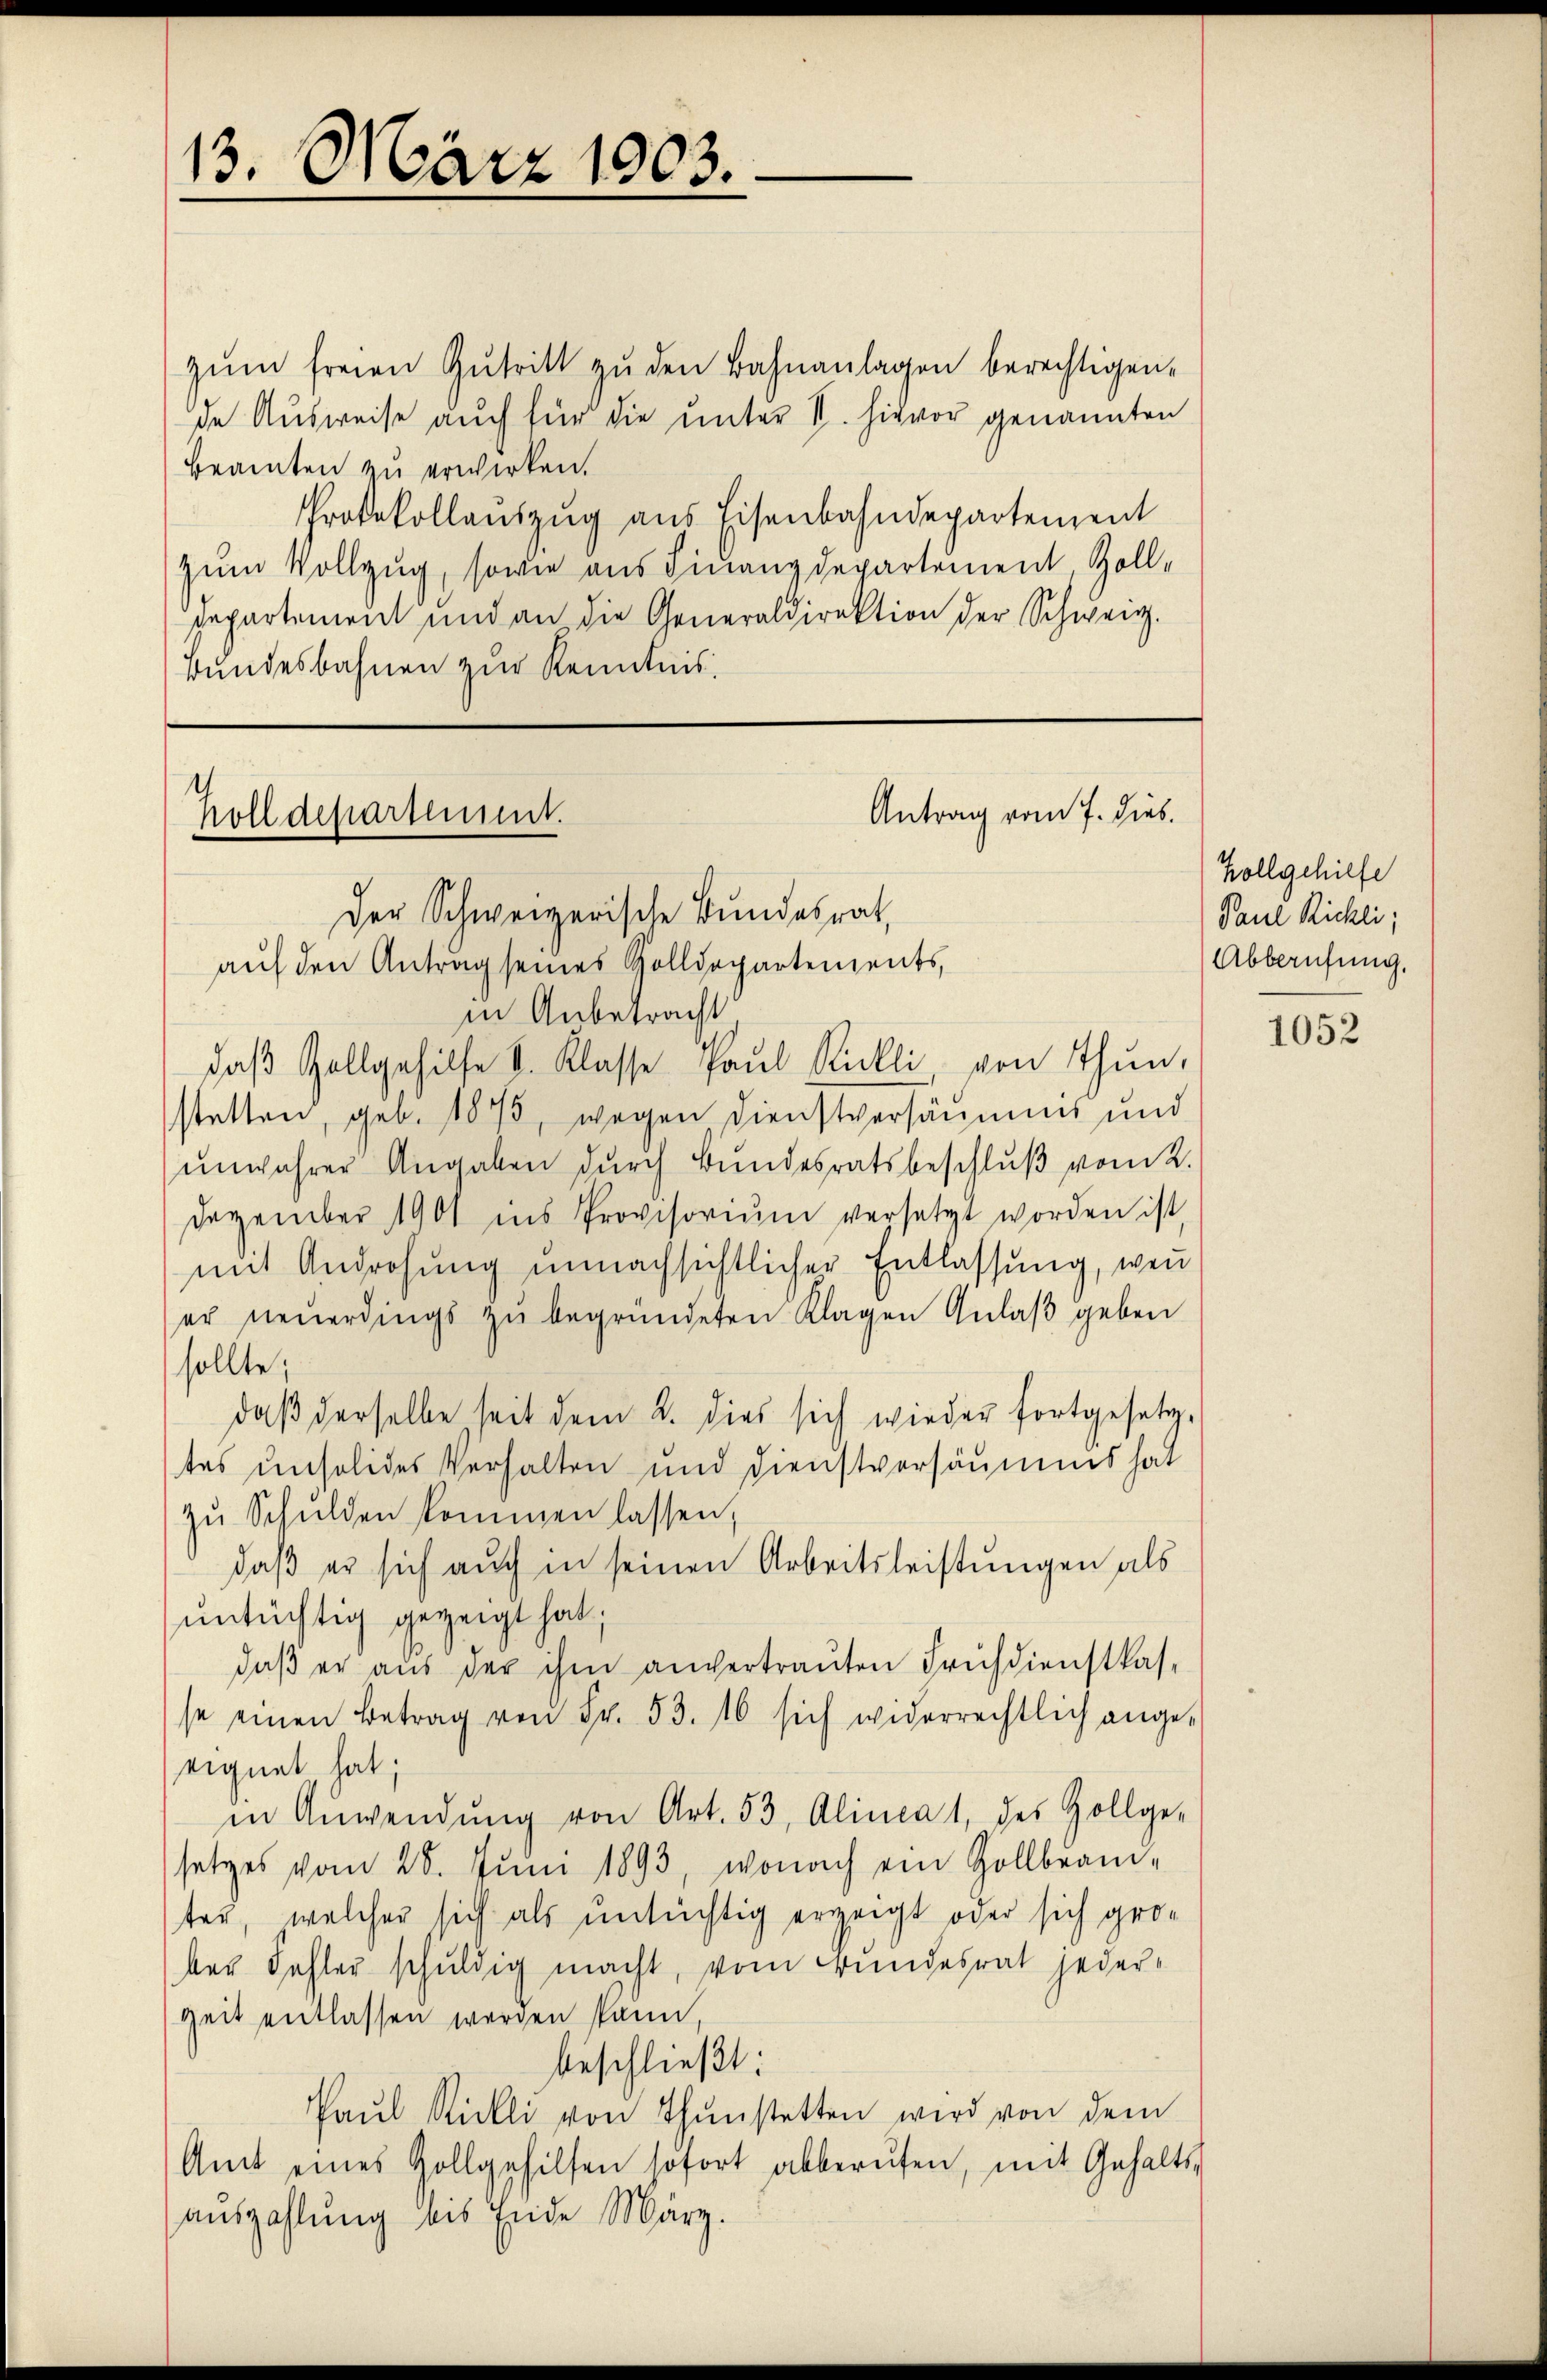
13. März 1903.

zŭm freien Gŭtritt zu den Bahnanlagen berechtigen.
de Ausweise auch für die unter V. Hievor genannten
Beamten zu erwirken.
Protokollaŭszŭg ans Eisenbahndepartement
zum Vollzug, sowie aus Finanzdepartement, Zoll¬
Departement und an die Generaldirektion der Schweiz.
Bundesbahnen zur Kenntnis.

Antrag vom 7. Dieb.
Holldepartement.
Der Schweizerische Bundesrat,
auf den Antrag seines Zolldepartements,

in Anbetracht.
daβ Zollgehilfe V. Klasse Paŭl Stickli von Thun,
stetten, geb. 1875, wegen Dienstversäumens und
unwahrer Angaben durch Bundesratsbeschluß vom 2.
Dezember 1901 ins Provisoriŭm versetzt worden ist,
mit Androhung unnachsichtlicher Entlassung, wen
er neuerdings zŭ begründeten Klagen Anlaβ geben
sollte;
daß derselbe seit dem 2. dies sich wieder fortgesetztes unsolides Verhalten und Dienstversäumens hat
zŭ Schulden kommen lassen,
daß er sich auch in seinen Arbeitsleistungen als
untüchtig gezeigt hat;
daβ er aus der ihm anvertrauten Früchdienstkas-
se einen Betrag von Fr. 53. 16 sich widerrechtlich ange-
eignet hat;
in Anwendŭng von Art. 53, Alineat, des Zollge-
setzes vom 28. Juni 1893, wonach ein Zollbeamter, welcher sich als untüchtig erzeigt oder sich grober Fehler schuldig macht, vom Bundesrat jeder-
zeit entlassen werden kann,
beschließt:
Paŭl Stickli von Thŭnstetten wird von dem
Amt eines Zollgehilfen sofort abberŭfen, mit Gehalts-
aŭszahlung als Ende Marz.

Vollgehilfe
Paul Rickli;
Abberufung.

1052